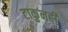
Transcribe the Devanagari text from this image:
टाकुनही